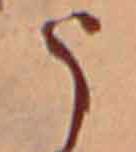
う